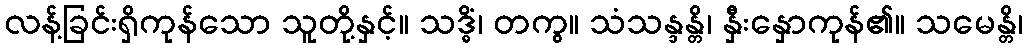
လန့်ခြင်းရှိကုန်သော သူတို့နှင့်။ သဒ္ဓိံ၊ တကွ။ သံသန္ဒန္တိ၊ နှီးနှောကုန်၏။ သမေန္တိ၊